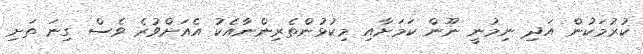
ކުރުމަކުން އަދި ނިމުނީ ނޫން ކަމަށާއި މިކުޅުންތެރިންނާއެކު އެއަށްވުރެ ވެސް ގިނަ ތަށި